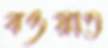
বওয়াত